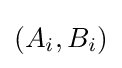
(A_{i},B_{i})